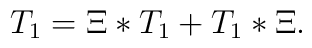
T_{1}=\Xi\ast T_{1}+T_{1}\ast\Xi.